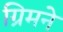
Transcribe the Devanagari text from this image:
ग्रिमने